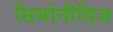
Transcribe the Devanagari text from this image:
सिमोनीदिज